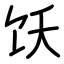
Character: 饫